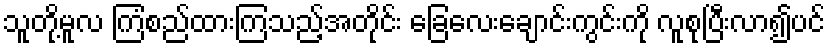
သူတို့မူလ ကြံစည်ထားကြသည့်အတိုင်း ခြေလေးချောင်းကွင်းကို လူစုပြီးလာ၍ပင်